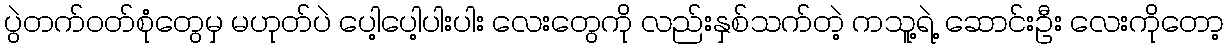
ပွဲတက်ဝတ်စုံတွေမှ မဟုတ်ပဲ ပေါ့ပေါ့ပါးပါး လေးတွေကို လည်းနှစ်သက်တဲ့ ကသူ့ရဲ့ ဆောင်းဦး လေးကိုတော့